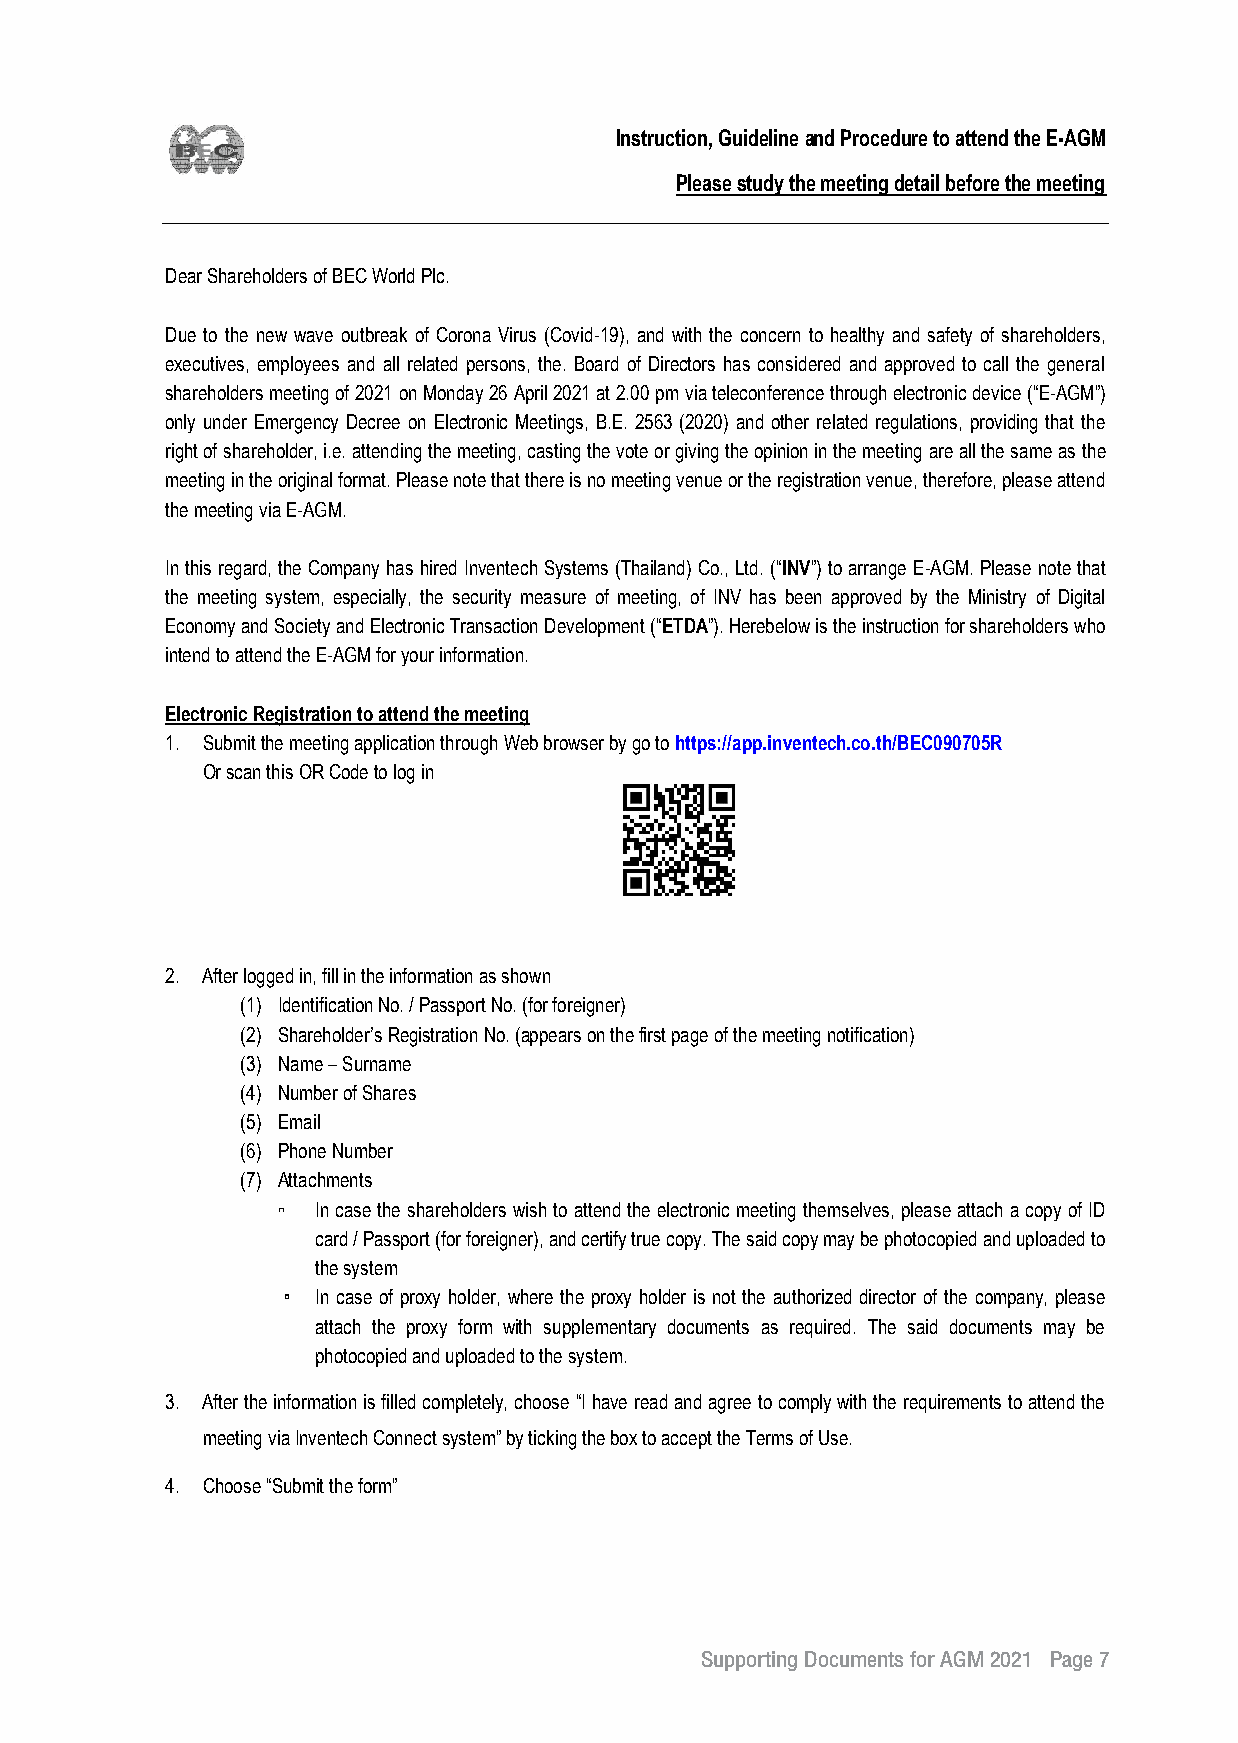
Instruction, Guideline and Procedure to attend the E-AGM
 Please study the meeting detail before the meeting
 Dear Shareholders of BEC World Plc.
 Due to the new wave outbreak of Corona Virus (Covid-19), and with the concern to healthy and safety of shareholders,
 executives, employees and all related persons, the. Board of Directors has considered and approved to call the general
 shareholders meeting of 2021 on Monday 26 April 2021 at 2.00 pm via teleconference through electronic device (“E-AGM”)
 only under Emergency Decree on Electronic Meetings, B.E. 2563 (2020) and other related regulations, providing that the
 right of shareholder, i.e. attending the meeting, casting the vote or giving the opinion in the meeting are all the same as the
 meeting in the original format. Please note that there is no meeting venue or the registration venue, therefore, please attend
 the meeting via E-AGM.
 In this regard, the Company has hired Inventech Systems (Thailand) Co., Ltd. (“INV”) to arrange E-AGM. Please note that
 the meeting system, especially, the security measure of meeting, of INV has been approved by the Ministry of Digital
 Economy and Society and Electronic Transaction Development (“ETDA”). Herebelow is the instruction for shareholders who
 intend to attend the E-AGM for your information.
 Electronic Registration to attend the meeting
 1. Submit the meeting application through Web browser by go to https://app.inventech.co.th/BEC090705R
 Or scan this OR Code to log in
 2. After logged in, fill in the information as shown
 (1) Identification No. / Passport No. (for foreigner)
 (2) Shareholder’s Registration No. (appears on the first page of the meeting notification)
 (3) Name – Surname
 (4) Number of Shares
 (5) Email
 (6) Phone Number
 (7) Attachments
 ▫  In case the shareholders wish to attend the electronic meeting themselves, please attach a copy of ID
 card / Passport (for foreigner), and certify true copy. The said copy may be photocopied and uploaded to
 the system
 ▫
 In case of proxy holder, where the proxy holder is not the authorized director of the company, please
 attach the proxy form with supplementary documents as required. The said documents may be
 photocopied and uploaded to the system.
 3. After the information is filled completely, choose “I have read and agree to comply with the requirements to attend the
 meeting via Inventech Connect system” by ticking the box to accept the Terms of Use.
 4. Choose “Submit the form”
 Supporting Documents for AGM 2021 Page 7
 7
 __2211--00330011 BBEECC EEnngg22..iinndddd 77                            11//44//22556644 BBEE 1133::1144